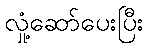
လှုံ့ဆော်ပေးပြီး